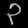
Digit: ၃